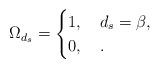
LaTeX: \begin{align*}\Omega_{d_s} = \begin{cases}1, & \, d_s = \beta, \\0, & \, .\end{cases}\end{align*}